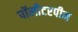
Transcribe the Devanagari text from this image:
पॉलीटरपीन